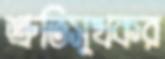
শ্রুতিসুখকর